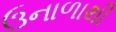
ઉનાળાથી